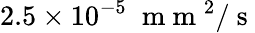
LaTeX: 2.5\times 10^{-5}\; \mathrm{~m~m~}^{2}/\mathrm{~s~}